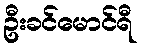
ဦးခင်မောင်ရီ